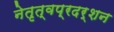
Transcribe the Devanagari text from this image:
नेतृत्वप्रदर्शन